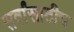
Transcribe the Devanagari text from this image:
सर्वांसाठीच